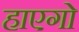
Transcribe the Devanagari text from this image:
हाएगो